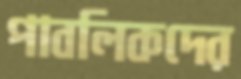
পাবলিকদের